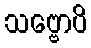
သဗ္ဗောပိ